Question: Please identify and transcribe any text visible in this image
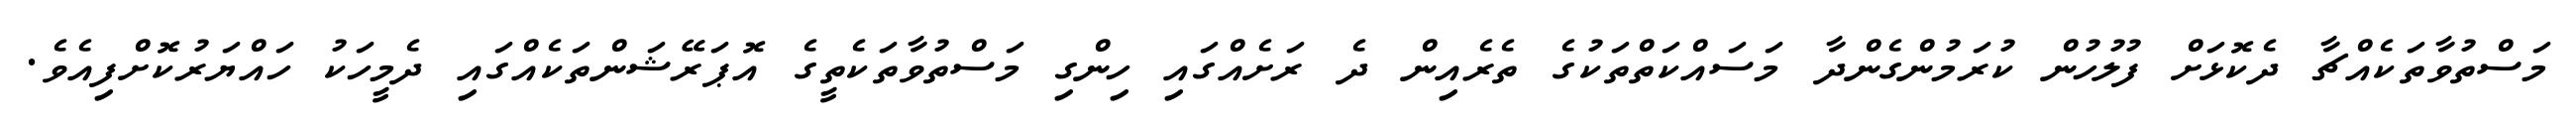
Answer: މަސްތުވާތަކެއްޗާ ދެކޮޅަށް ފުލުހުން ކުރަމުންގެންދާ މަސައްކަތްތަކުގެ ތެރެއިން ދެ ރަށެއްގައި ހިންގި މަސްތުވާތަކެތީގެ އޮޕަރޭޝަންތަކެއްގައި ދެމީހަކު ހައްޔަރުކޮށްފިއެވެ.